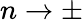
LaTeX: n\rightarrow\pm